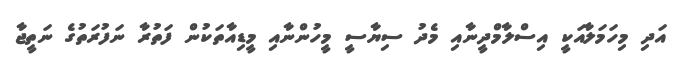
އަދި މިހަމަލާއަކީ އިސްލާމްދީނާއި މެދު ސިޔާސީ މީހުންނާއި މީޑިއާތަކުން ފަތުރާ ނަފުރަތުގެ ނަތީޖާ